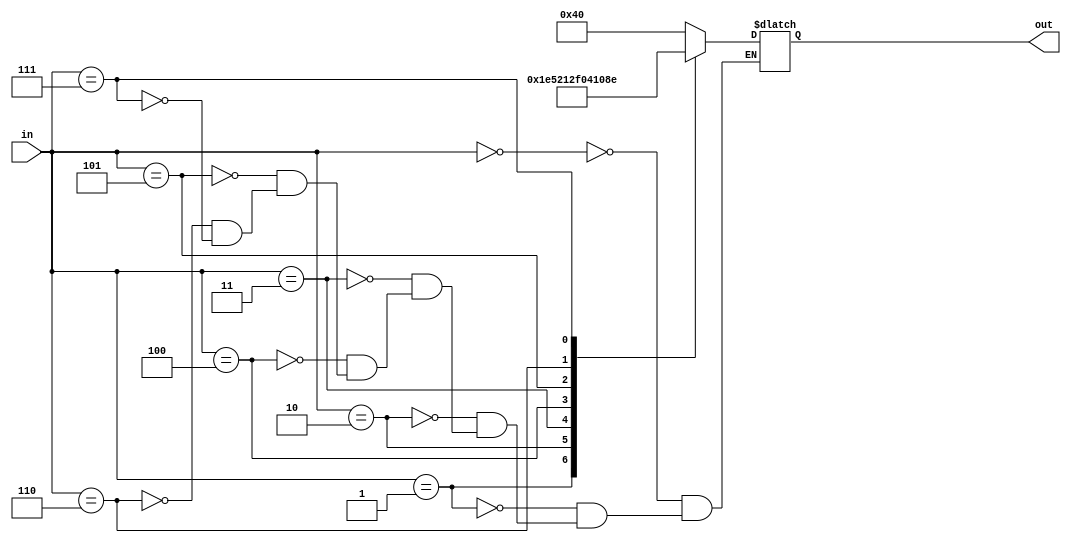
// This program was cloned from: https://github.com/Darkborderman/schoolWorks
// License: BSD 2-Clause "Simplified" License

module multiplexer (in,out);
input [3:0]in;
output [6:0]out;
reg [6:0]out;
always @(in)
begin 
	case (in)
	4'd0: out = 7'b1000000;
	4'd1: out = 7'b1111001;
	4'd2: out = 7'b0100100;
	4'd3: out = 7'b0010010;
	4'd4: out = 7'b1111000;
	4'd5: out = 7'b0010000;
	4'd6: out = 7'b0100001;
	4'd7: out = 7'b0001110;
	endcase
end
endmodule